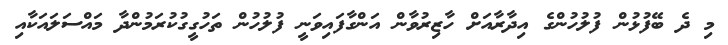
މި ދެ ބޭފުޅުން ފުލުހުންގެ އިދާރާއަށް ހާޒިރުވާން އަންގާފައިވަނީ ފުލުހުން ތަހުގީގުކުރަމުންދާ މައްސަލައަކާއި